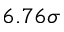
6 . 7 6 \sigma